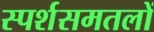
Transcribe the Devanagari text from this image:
स्पर्शसमतलों